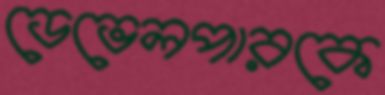
ডেভেলপারকে